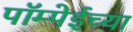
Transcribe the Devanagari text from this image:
पॉम्पेईच्या